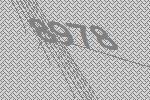
8978